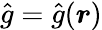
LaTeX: {\hat{g}}={\hat{g}}({\boldsymbol{r}})